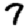
Digit: 7